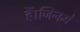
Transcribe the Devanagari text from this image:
हैं।जिनमें